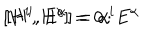
LaTeX: [ H ^ { i } , H ^ { j } ] = 0 \, ; \hspace { 1 c m } [ H ^ { i } , E ^ { \alpha } ] = \alpha ^ { i } E ^ { \alpha }